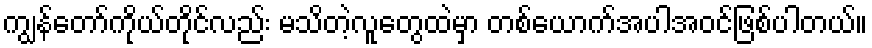
ကျွန်တော်ကိုယ်တိုင်လည်း မသိတဲ့လူတွေထဲမှာ တစ်ယောက်အပါအဝင်ဖြစ်ပါတယ်။